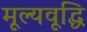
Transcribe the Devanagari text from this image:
मूल्यवूद्धि